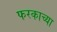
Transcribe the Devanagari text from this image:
फरकाच्या